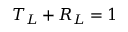
T _ { L } + R _ { L } = 1